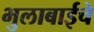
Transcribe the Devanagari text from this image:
भुलाबाईचे